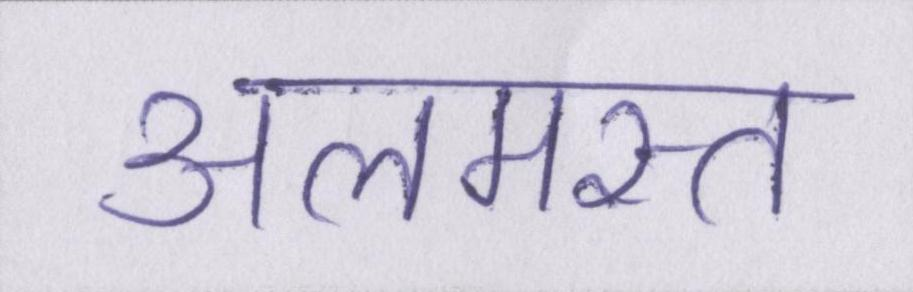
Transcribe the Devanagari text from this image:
अलमस्त